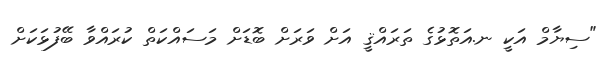
"ސިޔާމް އަކީ ނ.އަތޮޅުގެ ތަރައްޤީ އަށް ވަރަށް ބޮޑަށް މަސައްކަތް ކުރައްވާ ބޭފުޅަކަށް